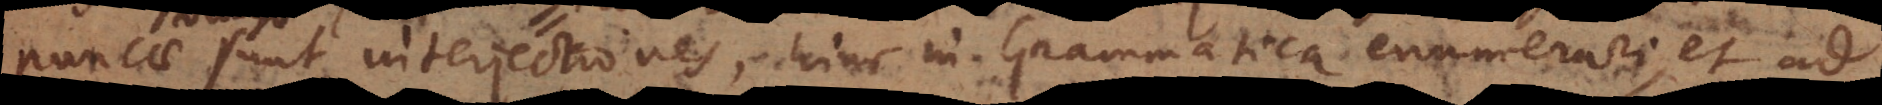
ucae sunt interjectiones, hinc in Grammatica enumerari, et ad